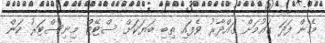
މެން ފަދަ ގައުމަށް ގައްދާރު ވެފައި ތިބި ބަޔަކަށް ސްޓޭޓް މިނިސްޓަރު ކަން